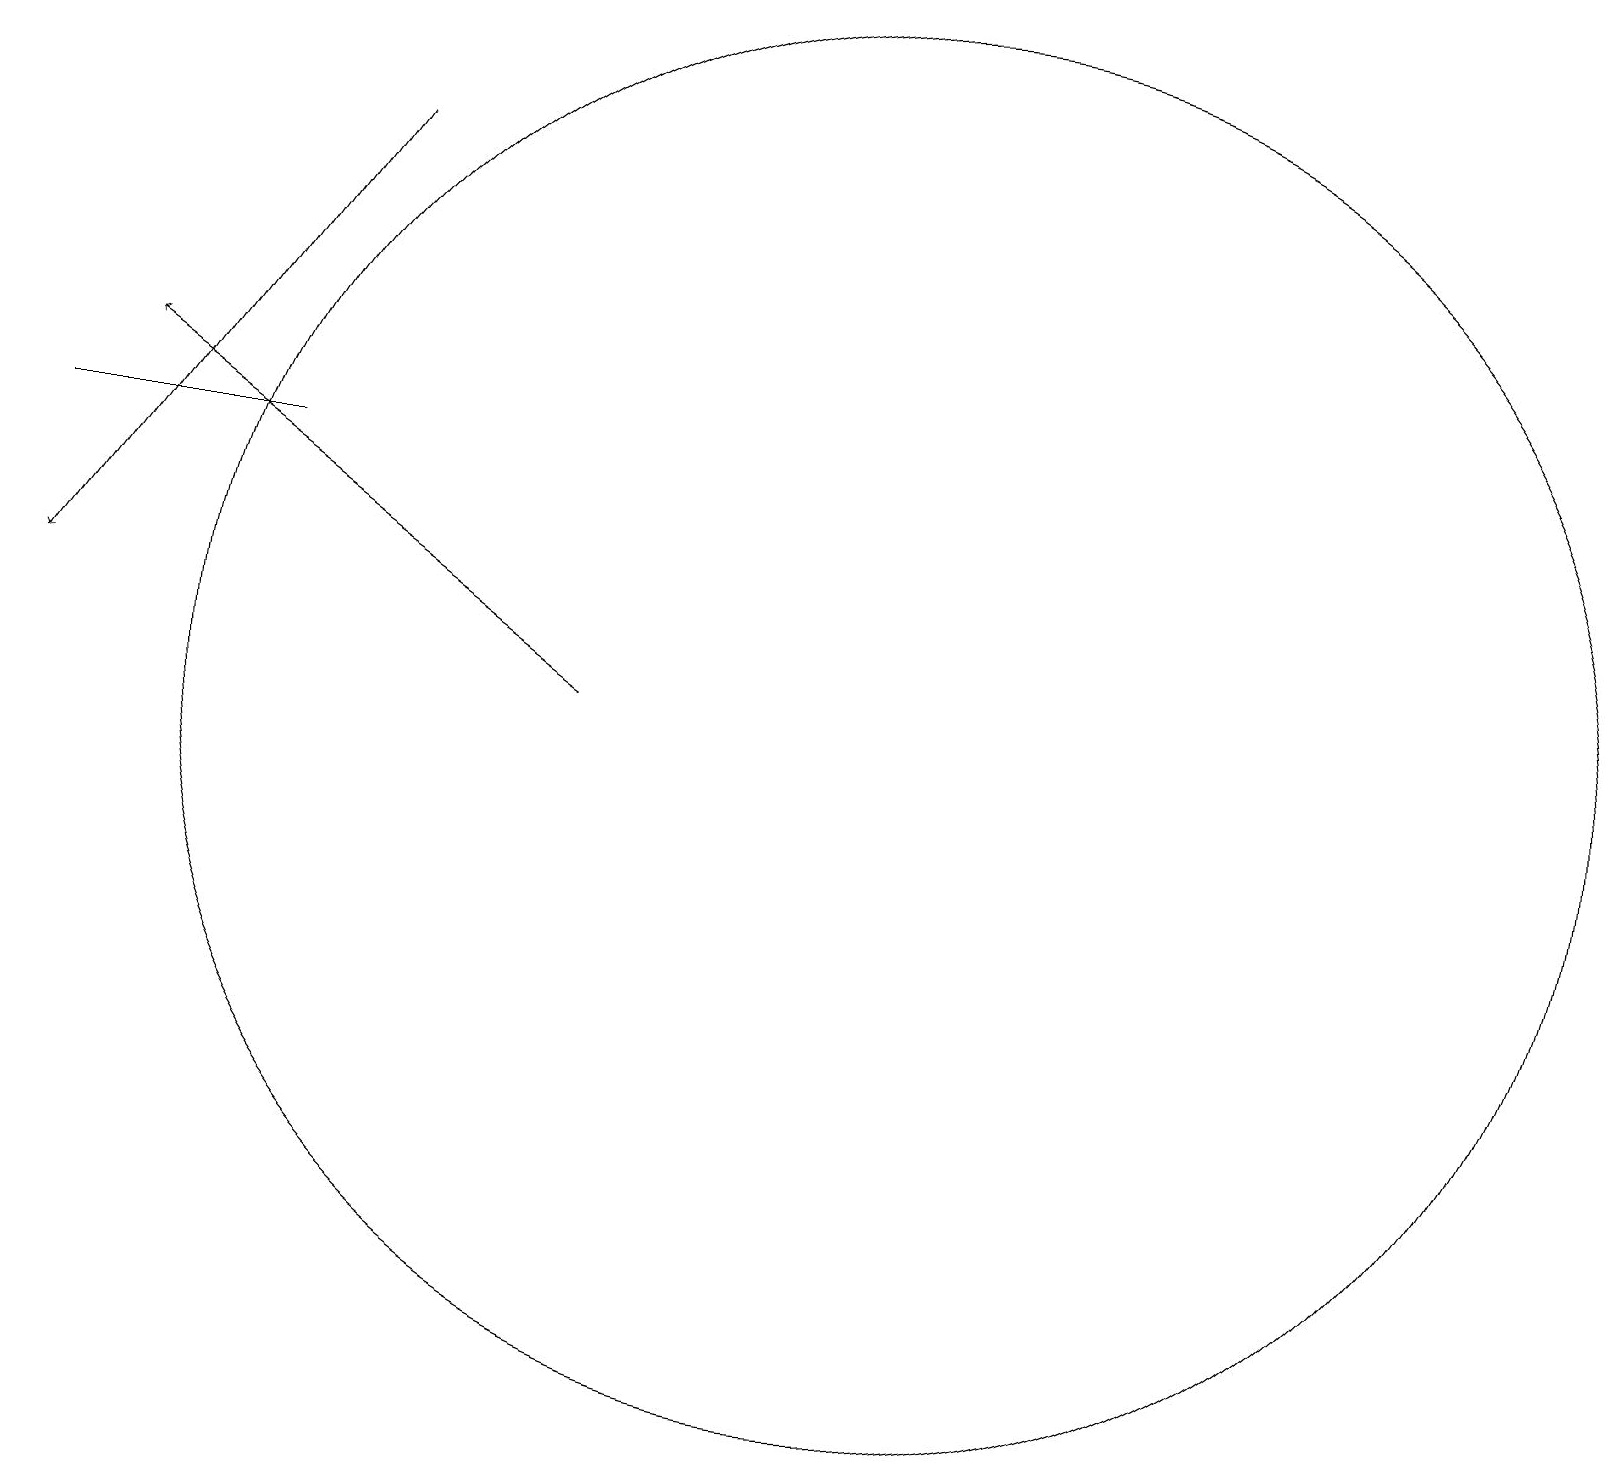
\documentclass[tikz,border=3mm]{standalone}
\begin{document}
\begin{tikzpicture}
\draw (1,14) rectangle (4,14);
\draw[->] (5,18) -- (1,12);
\draw[->] (8,11) -- (2,15);
\draw (12,11) circle (9);
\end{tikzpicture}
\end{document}